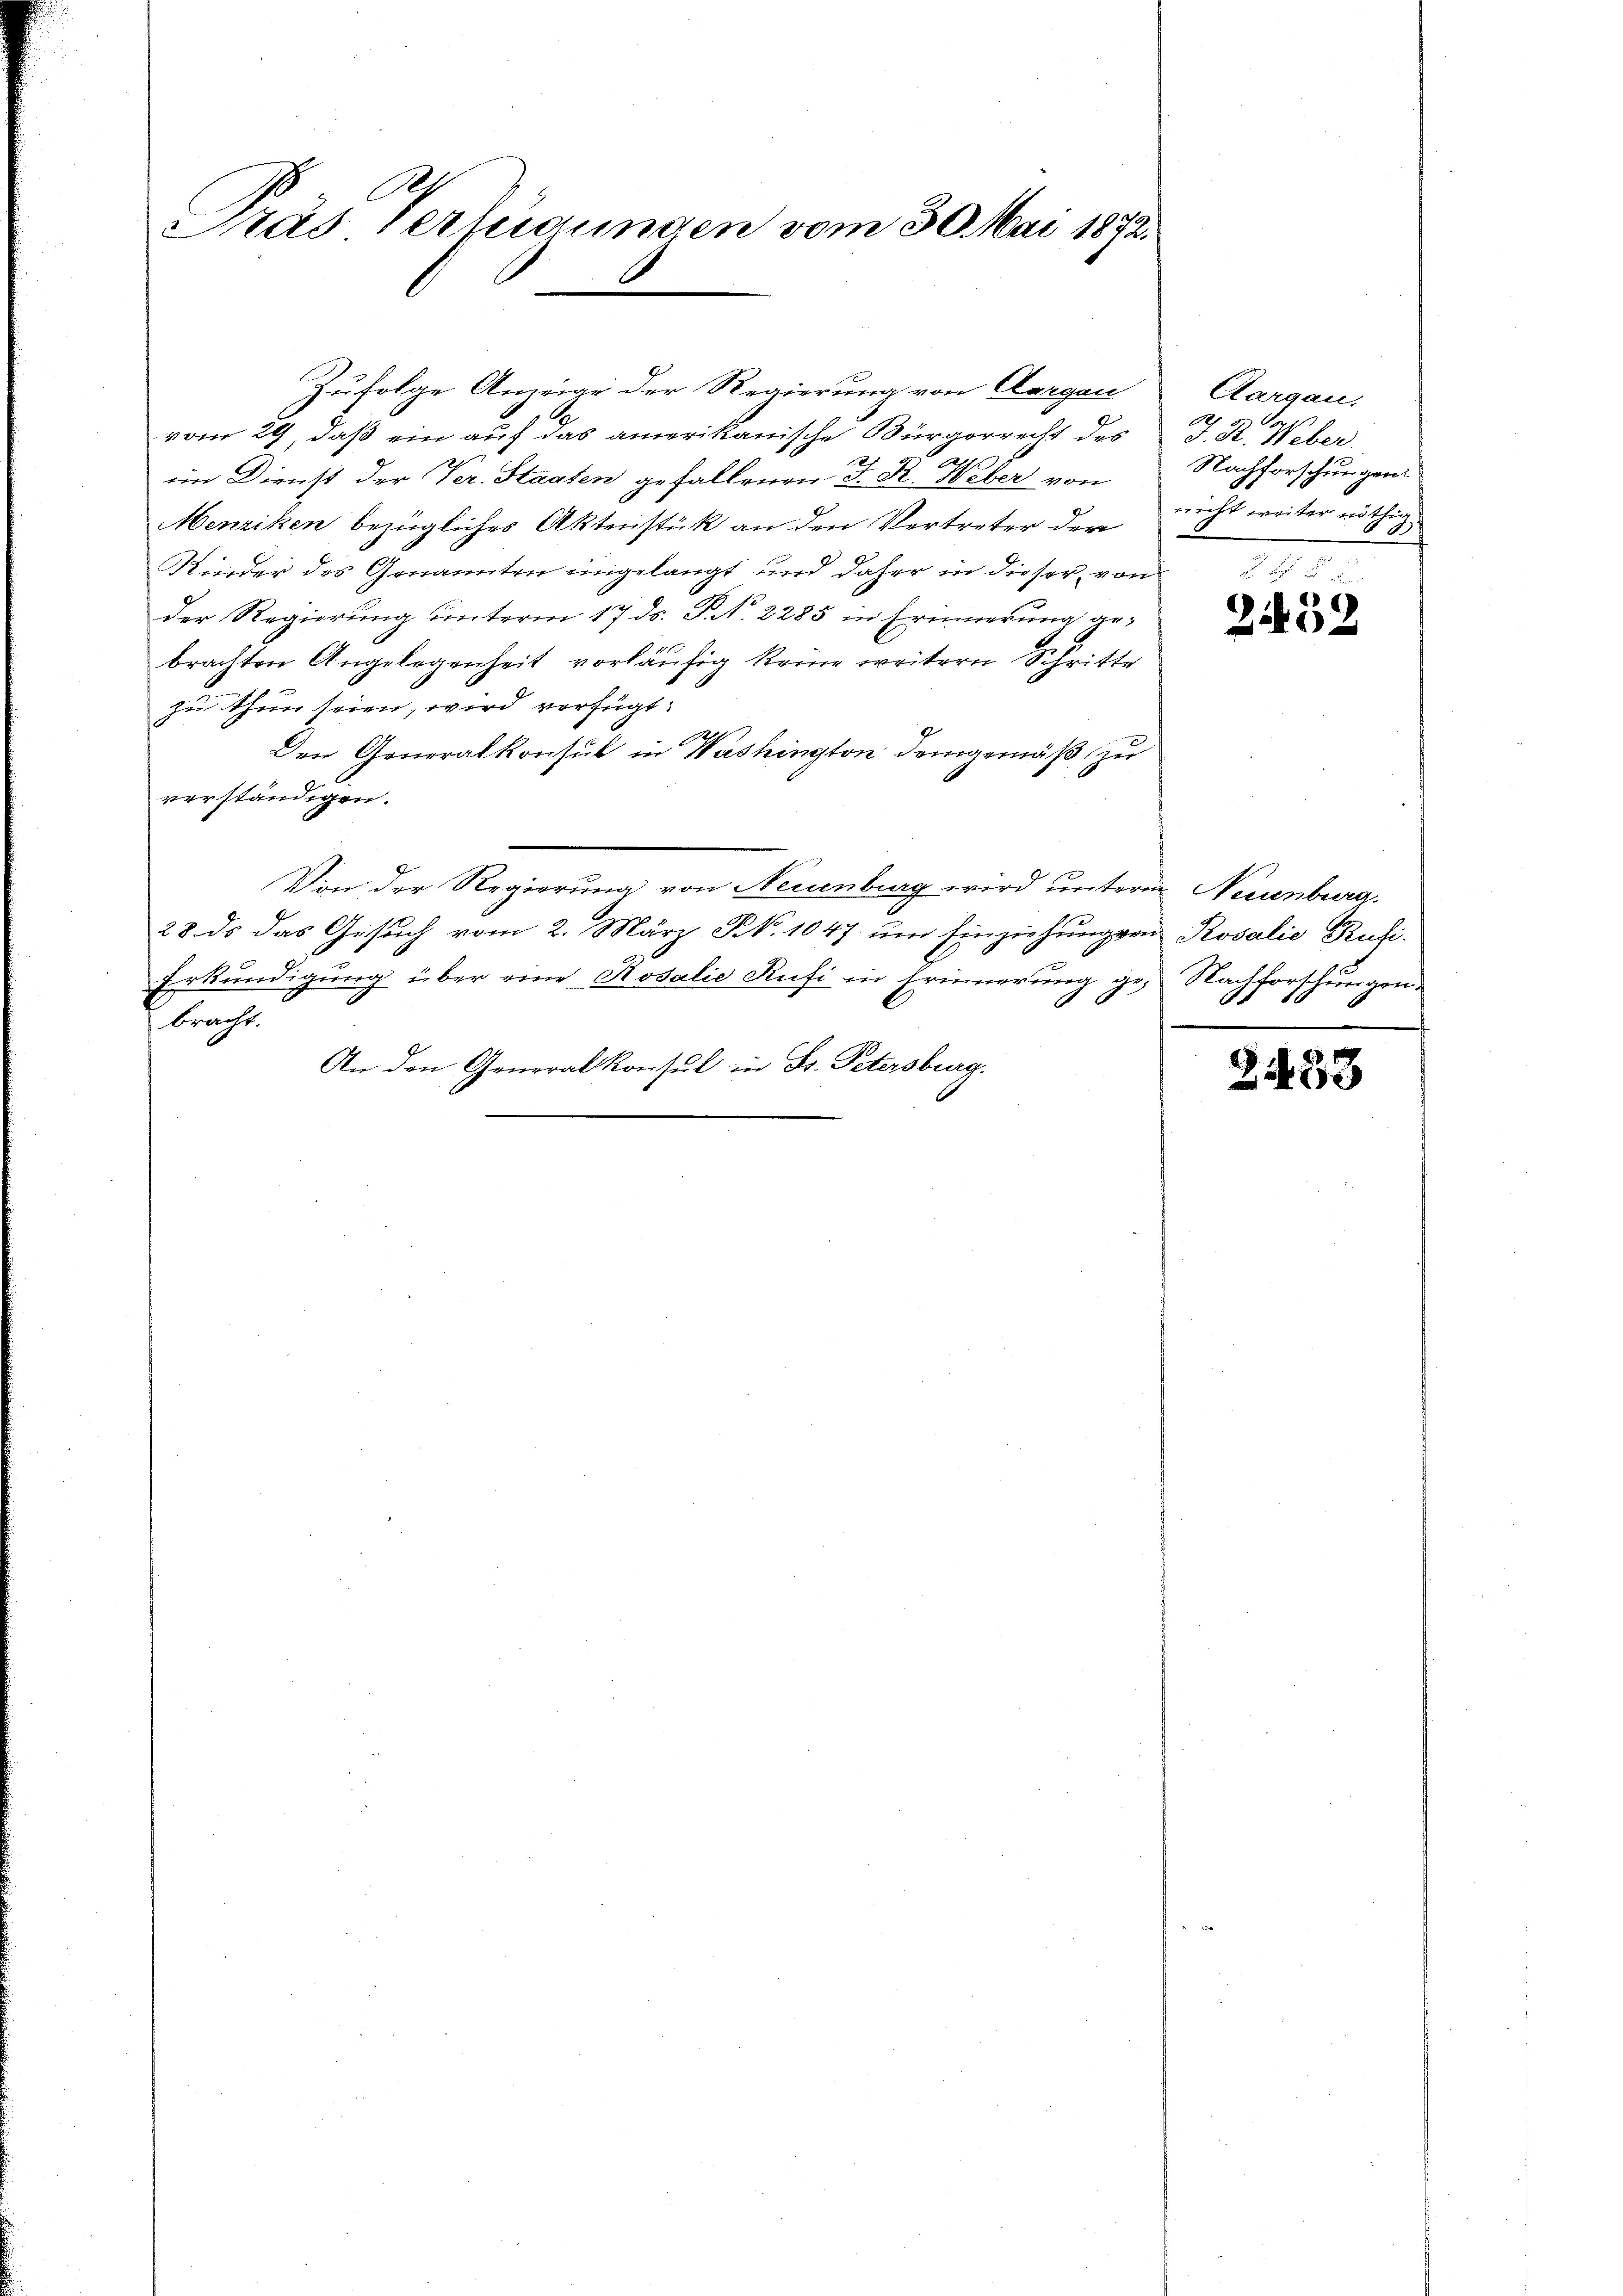
Pas Verleidungen vom 30. Mai 1872.

im Dienst der Ver. Staaten gefallenen J. R. Weber von
Menziken bezügliches Aktenstük an den Vertreter der
Kinder des Genannten eingelangt und daher in dieser von
der Regierung unterm 17. ds. P. N. 2285 in Erinnerung gebrachten Angelegenheit vorläufig keine weitern Schritte
zu thun seien, wird verfügt:
A
Den Generalkonsul in Washington demgemäß zu
verständigen.
Von der Regierung von Neuenburg wird untere Neuenburg.
28. ds das Gesuch vom 2. März, N. 1047 um Einziehung von Rosalie Brusi-
Erkundigung über eine Rosalie Rufi in Erinnerung ge- Nachforschungen
e
bracht.
An den Generalkonsul in St. Petersburg.

Zufolge Anzeige der Regierung von Aargau
vom 29, daß ein auf das amerikanische Bürgerrecht des

Aargau.
2
J. R. Weber.
Nachforschungen
nicht weiter nöthig

2432

2433